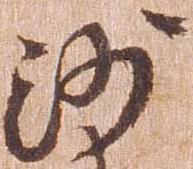
沙